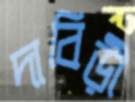
দাবিড়ী